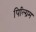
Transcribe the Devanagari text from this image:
पिल्ग्रिम